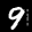
Label: 9